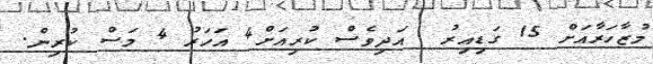
މުޒާހަރާއަށް 15 ގަޑިއިރު  އަދިވެސް ކުރިއަށް4 އަހަރު 4 މަސް ކުރިން.